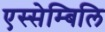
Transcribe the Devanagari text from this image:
एस्सेम्बिलि